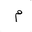
Letter: _mim